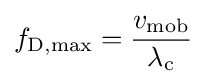
f_{\rm {D,max}}={\frac {v_{\rm {mob}}}{\lambda _{\rm {c}}}}